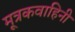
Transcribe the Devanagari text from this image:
मूत्रकवाहिनी